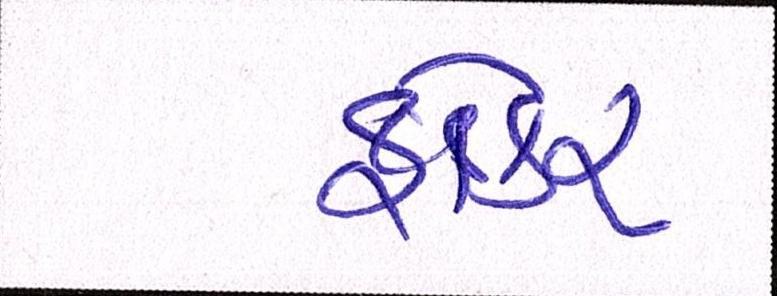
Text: ફોકર